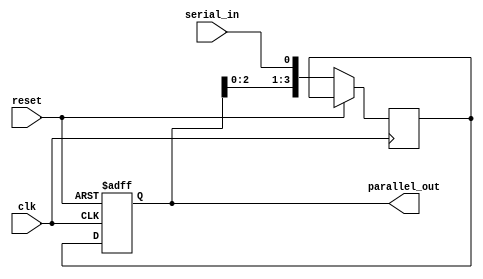
module SIPO_shift_register (
    input clk,
    input reset,
    input serial_in,
    output [3:0] parallel_out
);

reg [3:0] data;
reg [3:0] temp_data;

always @(posedge clk or posedge reset) begin
    if (reset) begin
        data <= 4'h0;
    end else begin
        temp_data <= {data[2:0], serial_in};
        data <= temp_data;
    end
end

assign parallel_out = data;

endmodule